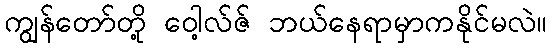
ကျွန်တော်တို့ ဝေါ့လ်ဇ် ဘယ်နေရာမှာကနိုင်မလဲ။